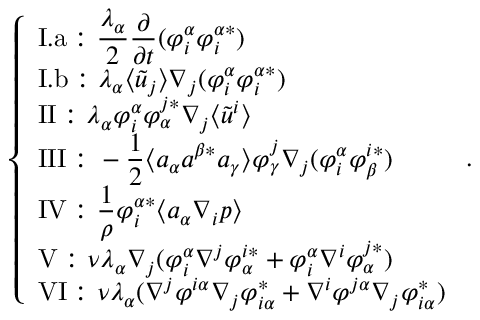
\left\{ \begin{array} { l l } { \mathrm { I . a : ~ } \displaystyle \frac { \lambda _ { \alpha } } { 2 } \frac { \partial } { \partial t } ( \varphi _ { i } ^ { \alpha } \varphi _ { i } ^ { \alpha * } ) } \\ { \mathrm { I . b : ~ } \lambda _ { \alpha } \langle \tilde { u } _ { j } \rangle \nabla _ { j } ( \varphi _ { i } ^ { \alpha } \varphi _ { i } ^ { \alpha * } ) } \\ { \mathrm { I I : ~ } \lambda _ { \alpha } \varphi _ { i } ^ { \alpha } \varphi _ { \alpha } ^ { j * } \nabla _ { j } \langle \tilde { u } ^ { i } \rangle } \\ { \mathrm { I I I : ~ } \displaystyle - \frac { 1 } { 2 } \langle a _ { \alpha } a ^ { \beta * } a _ { \gamma } \rangle \varphi _ { \gamma } ^ { j } \nabla _ { j } ( \varphi _ { i } ^ { \alpha } \varphi _ { \beta } ^ { i * } ) } \\ { \mathrm { I V : ~ } \displaystyle \frac { 1 } { \rho } \varphi _ { i } ^ { \alpha * } \langle a _ { \alpha } \nabla _ { i } p \rangle } \\ { \mathrm { V : ~ } \nu \lambda _ { \alpha } \nabla _ { j } ( \varphi _ { i } ^ { \alpha } \nabla ^ { j } \varphi _ { \alpha } ^ { i * } + \varphi _ { i } ^ { \alpha } \nabla ^ { i } \varphi _ { \alpha } ^ { j * } ) } \\ { \mathrm { V I : ~ } \nu \lambda _ { \alpha } ( \nabla ^ { j } \varphi ^ { i \alpha } \nabla _ { j } \varphi _ { i \alpha } ^ { * } + \nabla ^ { i } \varphi ^ { j \alpha } \nabla _ { j } \varphi _ { i \alpha } ^ { * } ) } \end{array} \right. .